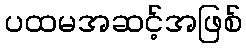
ပထမအဆင့်အဖြစ်